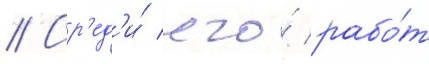
// Ср'ед'и́ его́ рабо́т